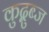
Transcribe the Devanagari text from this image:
कुद्बुब्ज